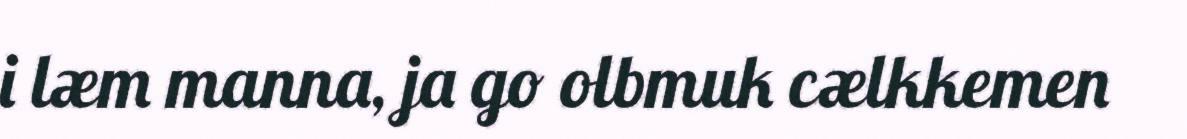
i læm manna, ja go olbmuk cælkkemen